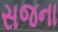
સજના